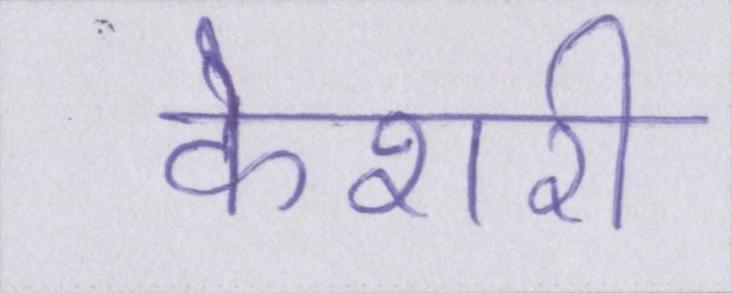
केशरी